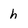
Character: h